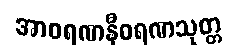
အာဝရဏနီဝရဏသုတ္တ